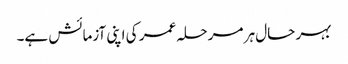
بہر حال ہر مرحلہ عمر کی اپنی آزمائش ہے۔